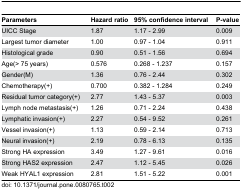
| Parameters | Hazard ratio | 95% confidence interval | P-value |
 | --- | --- | --- | --- |
 | UICC Stage | 1.87 | 1.17 - 2.99 | 0.009 |
 | Largest tumor diameter | 1.00 | 0.97 - 1.04 | 0.911 |
 | Histological grade | 0.90 | 0.51 - 1.56 | 0.694 |
 | Age(> 75 years) | 0.576 | 0.268 - 1.237 | 0.157 |
 | Gender(M) | 1.36 | 0.76 - 2.44 | 0.302 |
 | Chemotherapy(+) | 0.700 | 0.382 - 1.284 | 0.249 |
 | Residual tumor category(+) | 2.77 | 1.43 - 5.37 | 0.003 |
 | Lymph node metastasis(+) | 1.26 | 0.71 - 2.24 | 0.438 |
 | Lymphatic invasion(+) | 2.27 | 0.54 - 9.52 | 0.261 |
 | Vessel invasion(+) | 1.13 | 0.59 - 2.14 | 0.713 |
 | Neural invasion(+) | 2.19 | 0.78 - 6.13 | 0.135 |
 | Strong HA expression | 3.49 | 1.27 - 9.61 | 0.016 |
 | Strong HAS2 expression | 2.47 | 1.12 - 5.45 | 0.026 |
 | Weak HYAL1 expression | 2.81 | 1.51 - 5.22 | 0.001 |